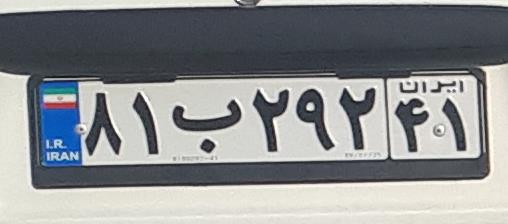
۸۱ب۲۹۲۴۱